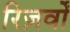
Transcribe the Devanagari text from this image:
रिज़र्वों